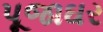
પૂજાઘર